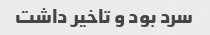
سرد بود و تاخیر داشت